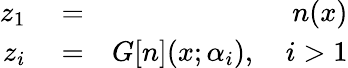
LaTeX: \begin{array}{rlr}{z_{1}}&{{}=}&{n(x)}\\ {z_{i}}&{{}=}&{G[n](x;\alpha_{i}),\quad i>1}\end{array}